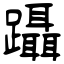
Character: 躡